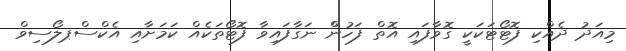
މިއަދު ދެއްކި ފޮޓޯޓަކަކީ ގޮވާފައި އޮތް ފަހުންް ނަގާފައިވާ ފޮޓޯތަކެއް ކަމަށާއި އެކްސްޕލޯސިވް